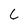
Character: 6